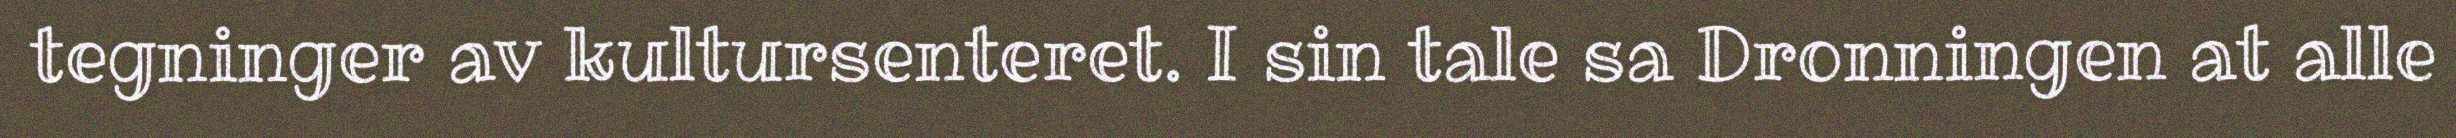
tegninger av kultursenteret. I sin tale sa Dronningen at alle